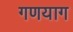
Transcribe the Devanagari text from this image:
गणयाग